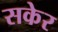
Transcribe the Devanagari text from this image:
सकेर